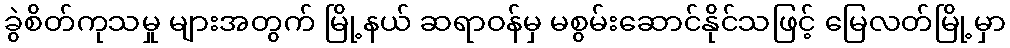
ခွဲစိတ်ကုသမှု များအတွက် မြို့နယ် ဆရာဝန်မှ မစွမ်းဆောင်နိုင်သဖြင့် မြေလတ်မြို့မှာ